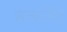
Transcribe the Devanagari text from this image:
सत्यजित्‌